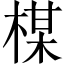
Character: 楳